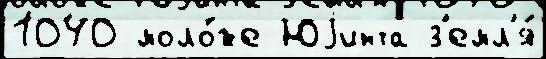
1040 моло́же Юjинта з'емл'я́